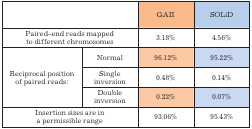
| <COLSPAN=2>  | GAII | SOLiD |
 | --- | --- | --- | --- |
 | <COLSPAN=2> Paired-end reads mapped to different chromosomes | 3,18% | 4,56% |
 | <ROWSPAN=3> Reciprocal position of paired reads: | Normal | 96,12% | 95,22% |
 | Single inversion | 0,48% | 0,14% |
 | Double inversion | 0,22% | 0,07% |
 | <COLSPAN=2> Insertion sizes are in a permissible range | 93,06% | 95,43% |